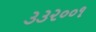
૩૩૨૦૦૧